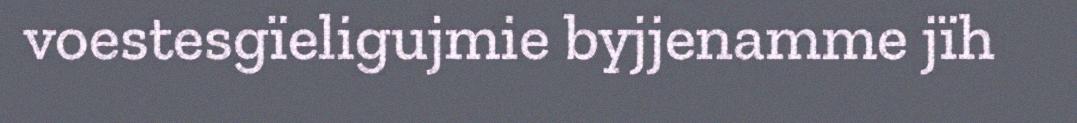
voestesgïeligujmie byjjenamme jïh